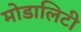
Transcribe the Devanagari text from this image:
मोडालिटी